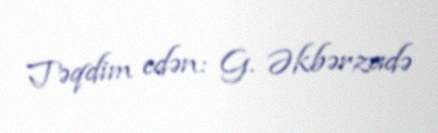
Təqdim edən: G. Əkbərzadə